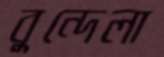
বুন্দেলা